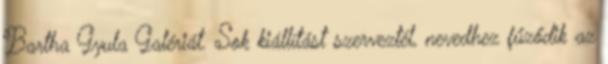
Bartha Gyula Galériát. Sok kiállítást szerveztél, nevedhez fűződik az